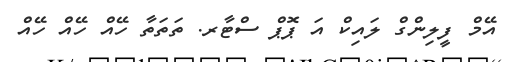
އޭމް ފީލިންގް ލައިކް އަ ޕޮޕް ސްޓާރ. ތަތަތާ ހޭއް ހޭއް ހޭއް